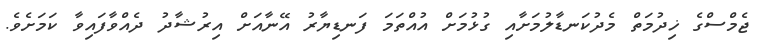
ޖެމްސްގެ ޚިދުމަތް މެދުކަނޑާލުމަށާއި ގުޅުމަށް އުއްތަމަ ފަނޑިޔާރު އޭނާއަށް އިރުޝާދު ދެއްވާފައިވާ ކަމަށެވެ.